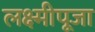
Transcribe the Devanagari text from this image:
लक्ष्मीपूजा